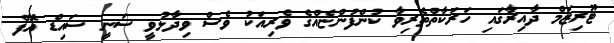
ޓޫރިޒަމް ދާއިރާގައި ހަރަކާތްތެރިވާ ކުންފުންޏެއްގެ ވެރިއަކު ވެސް ވިދާޅުވީ ސަނީ ސައިޑް އޮފް